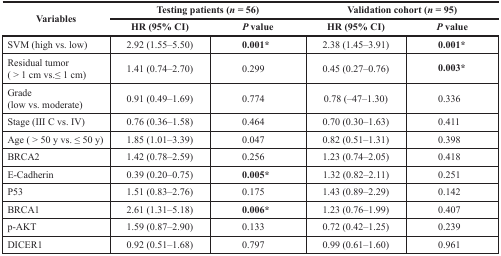
<table><thead><tr><td rowspan="2"><b>Variables</b></td><td colspan="2"><b>Testing patients (<i>n</i> = 56)</b></td><td colspan="2"><b>Validation cohort (<i>n</i> = 95)</b></td></tr><tr><td><b>HR (95% CI)</b></td><td><b><i>P</i> value</b></td><td><b>HR (95% CI)</b></td><td><b><i>P</i> value</b></td></tr></thead><tbody><tr><td>SVM (high vs. low)</td><td>2.92 (1.55–5.50)</td><td><b>0.001*</b></td><td>2.38 (1.45–3.91)</td><td><b>0.001*</b></td></tr><tr><td>Residual tumor (&gt; 1 cm vs.≤ 1 cm)</td><td>1.41 (0.74–2.70)</td><td>0.299</td><td>0.45 (0.27–0.76)</td><td><b>0.003*</b></td></tr><tr><td>Grade (low vs. moderate)</td><td>0.91 (0.49–1.69)</td><td>0.774</td><td>0.78 (−47–1.30)</td><td>0.336</td></tr><tr><td>Stage (III C vs. IV)</td><td>0.76 (0.36–1.58)</td><td>0.464</td><td>0.70 (0.30–1.63)</td><td>0.411</td></tr><tr><td>Age (&gt; 50 y vs. ≤ 50 y)</td><td>1.85 (1.01–3.39)</td><td>0.047</td><td>0.82 (0.51–1.31)</td><td>0.398</td></tr><tr><td>BRCA2</td><td>1.42 (0.78–2.59)</td><td>0.256</td><td>1.23 (0.74–2.05)</td><td>0.418</td></tr><tr><td>E-Cadherin</td><td>0.39 (0.20–0.75)</td><td><b>0.005*</b></td><td>1.32 (0.82–2.11)</td><td>0.251</td></tr><tr><td>P53</td><td>1.51 (0.83–2.76)</td><td>0.175</td><td>1.43 (0.89–2.29)</td><td>0.142</td></tr><tr><td>BRCA1</td><td>2.61 (1.31–5.18)</td><td><b>0.006*</b></td><td>1.23 (0.76–1.99)</td><td>0.407</td></tr><tr><td>p-AKT</td><td>1.59 (0.87–2.90)</td><td>0.133</td><td>0.72 (0.42–1.25)</td><td>0.239</td></tr><tr><td>DICER1</td><td>0.92 (0.51–1.68)</td><td>0.797</td><td>0.99 (0.61–1.60)</td><td>0.961</td></tr></tbody></table>